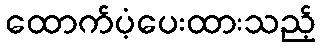
ထောက်ပံ့ပေးထားသည့်